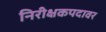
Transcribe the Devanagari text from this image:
निरीक्षकपदावर